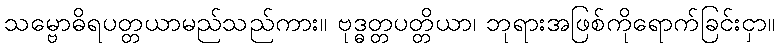
သမ္ဗောဓိရပတ္တယာမည်သည်ကား။ ဗုဒ္ဓတ္တပတ္တိယာ၊ ဘုရားအဖြစ်ကိုရောက်ခြင်းငှာ။